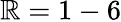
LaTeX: \mathbb{R}=1-6